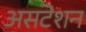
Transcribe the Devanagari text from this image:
असटेशन